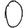
Digit: 0